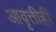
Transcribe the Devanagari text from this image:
आवृत्तीही